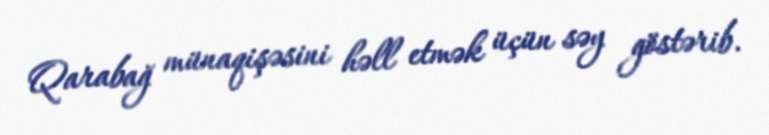
Qarabağ münaqişəsini həll etmək üçün səy göstərib.